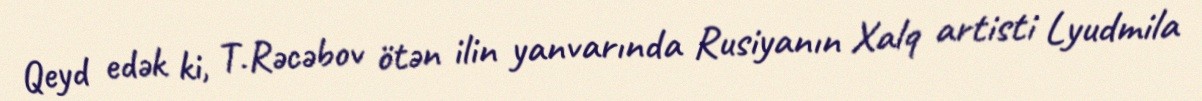
Qeyd edək ki, T.Rəcəbov ötən ilin yanvarında Rusiyanın Xalq artisti Lyudmila